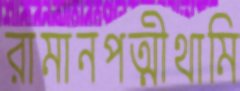
রামানপত্মীথামি